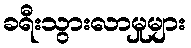
ခရီးသွားလာမှုများ